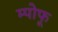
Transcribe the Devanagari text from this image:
म्पोफू